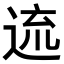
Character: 𨓞